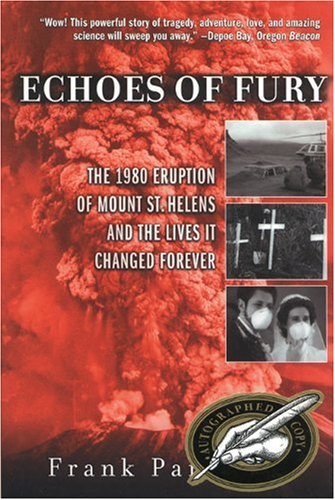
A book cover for Echoes of Fury: The 1980 Eruption of Mount St. Helens and the Lives It Changed Forever; Frank Parchman; Science & Math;